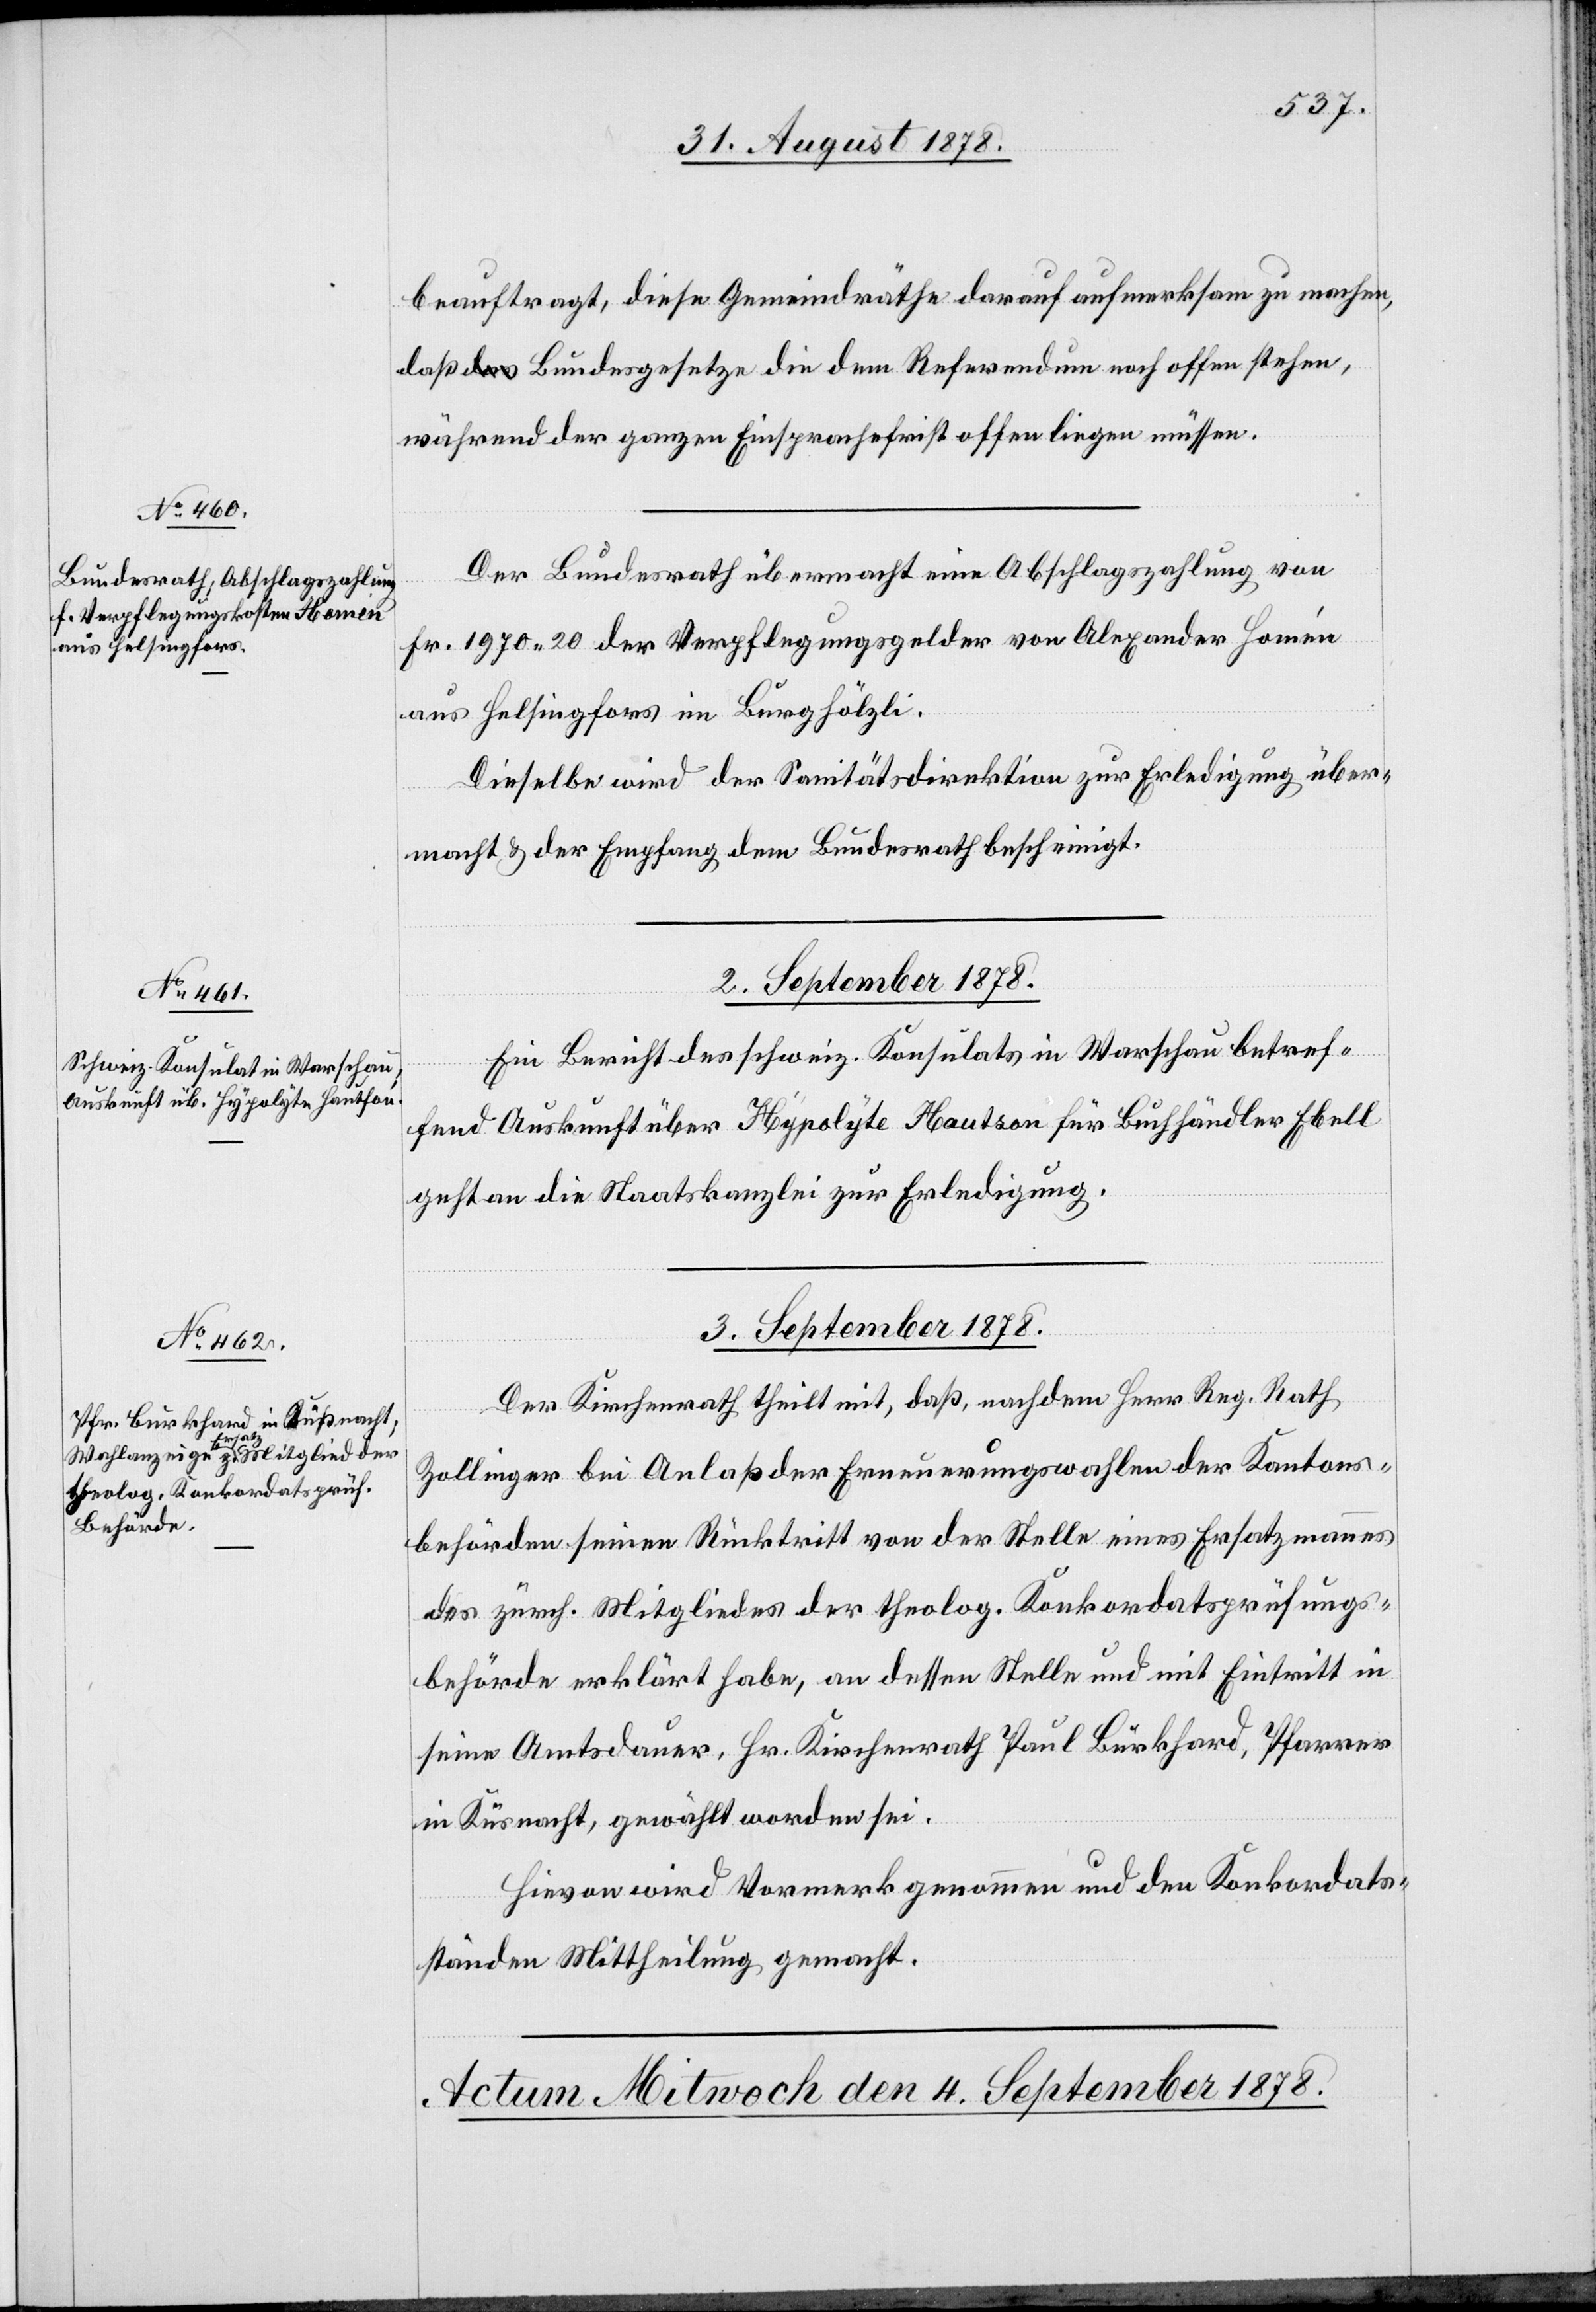
31. August 1878]
beauftragt, diese Gemeindräthe darauf aufmerksam zu machen,
daß Bundesgesetze die dem Referendum noch offen stehen,
während der ganzen Einsprachefrist offen liegen müssen.
Der Bundesrath übermacht eine Abschlagszahlung von
Fr. 1970 20 der Verpflegungsgelder von Alexander Homén
aus Helsingfors im Burghölzli.
Dieselbe wird der Sanitätsdirektion zur Erledigung über¬
macht & der Empfang dem Bundesrath bescheinigt.
2. September 1878.
Ein Bericht des schweiz. Konsulats in Warschau betref¬
fend Auskunft über Hypolyte Hautson für Buchhändler Ebell
geht an die Staatskanzlei zur Erledigung.
3. September 1878.
Der Kirchenrath theilt mit, daß, nachdem Herr Reg. Rath
Zollinger bei Anlaß der Erneuerungswahlen der Kantons¬
behörden seinen Rücktritt von der Stelle eines Ersatzmannes
des zürch. Mitgliedes [sic!] der theolog. Konkordatsprüfungs¬
behörde erklärt habe, an dessen Stelle und mit Eintritt in
seine Amtsdauer, Hr. Krichenrath Paul Burkhard, Pfarrer
in Küsnacht, gewählt worden sei.
Hievon wird Vormerk genommen und den Konkordats¬
ständen Mittheilung gemacht.